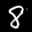
Digit: 8